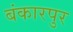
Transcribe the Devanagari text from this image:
बंकारपुर